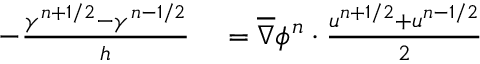
\begin{array} { r l } { - \frac { \gamma ^ { n + 1 / 2 } - \gamma ^ { n - 1 / 2 } } { h } } & { { } = \overline { { \nabla } } \phi ^ { n } \cdot \frac { u ^ { n + 1 / 2 } + u ^ { n - 1 / 2 } } { 2 } } \end{array}